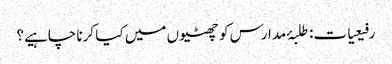
رفیعیات: طلبۂ مدارس کو چھٹیوں میں کیا کرنا چاہیے؟